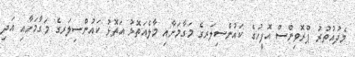
މެދުއުތުރު ޕްރޮވިންސް އޮފީހުގެ ކައުންސިލަރގެ މަގާމަށާއި މާލެއަތޮޅު އަތޮޅު ކައުންސިލަރގެ މަގާމަށާއި އަދި